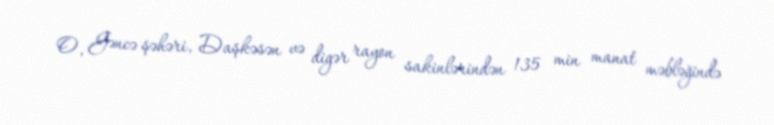
O, Gəncə şəhəri, Daşkəsən və digər rayon sakinlərindən 135 min manat məbləğində